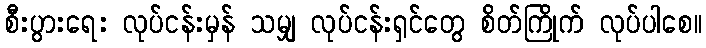
စီးပွားရေး လုပ်ငန်းမှန် သမျှ လုပ်ငန်းရှင်တွေ စိတ်ကြိုက် လုပ်ပါစေ။